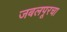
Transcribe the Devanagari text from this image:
जबलपूरचा